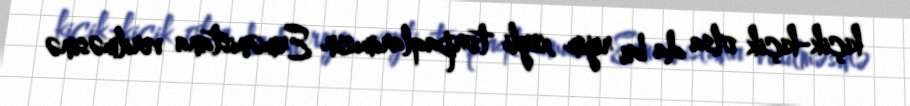
kiçik-kiçik olsa da bu rejim xeyli torpaqlarımızın Ermənistana verilməsinə